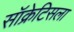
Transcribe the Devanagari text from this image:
सॉक्रेटिसला